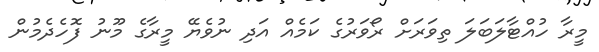
މީރާ ހުއްޓާލަބަލަ ތިވަރަށް ރޯވަރުގެ ކަމެއް އަދި ނުވެޔޭ މީރާގެ މޫނު ފޮހެދެމުން